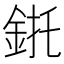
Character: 𲇌